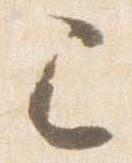
已